Lunatic asylums in Bengal annual reports 1899-1911 - 1899-1911
Year: 1899
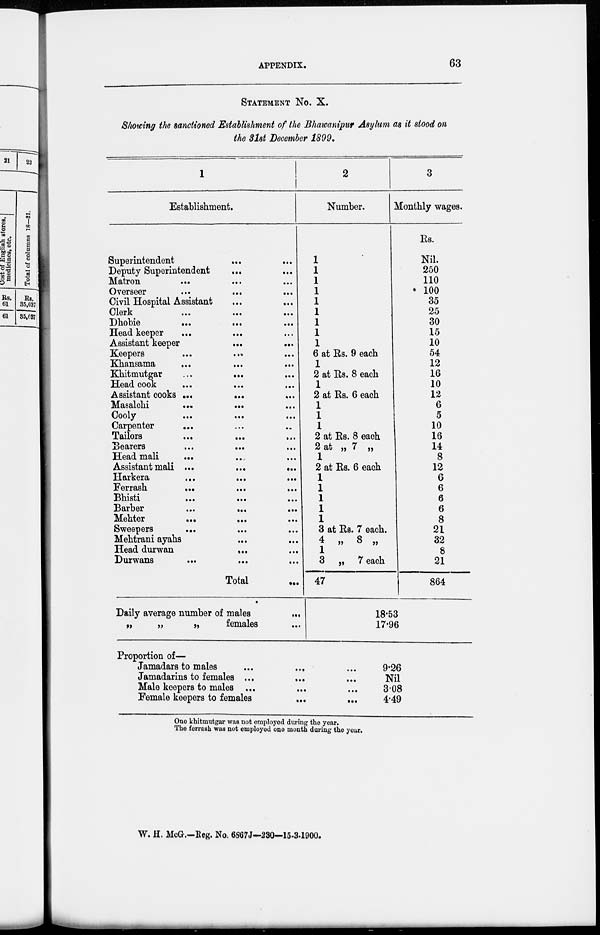
APPENDIX.
63
STATEMENT No. X.
Showing the sanctioned Establishment of the Bhawanipur Asylum as it stood on
the 31st December 1899.
1
Establishment.
Superintendent ...
...
Deputy Superintendent
... ...
Matron
...
...
...
Overseer ... ... ...
Civil Hospital Assistant ... ... ...
Clerk
...
...
...
Dhobie
...
...
...
Head keeper ... ... ...
Assistant keeper
...
...
...
Keepers
...
...
...
Khansama
...
...
...
Khitmutgar
...
...
Head cook
...
...
...
Assistant cooks ...
...
...
Masalchi
...
...
Cooly
...
...
...
Carpenter ... ... ...
Tailors
...
...
...
Bearers
...
...
...
Head mali ... ... ...
Assistant mali
...
...
...
Harkera ... ... ...
Ferrash ... ... ...
Bhisti
...
...
...
Barber
...
...
...
Mehter
...
...
Sweepers
...
...
...
Mehtrani ayahs ... ... ...
Head durwan ... ... ...
Durwans ... ... ...
Total ...
Daily average number of males
...
„
„
„
females ...
2
Number.
1
1
1
1
1
1
1
1
1
6 at Rs. 9 each
1
2 at Rs. 8 each
1
2 at Rs. 6 each
1
1
1
2 at Rs. 8 each
2 at „ 7 „
1
2 at Rs. 6 each
1
1
1
1
1
3 at Rs. 7 each.
4 „ 8 „
1
3 „ 7 each
47
3
Monthly wages.
Rs.
Nil.
250
110
100
35
25
30
15
10
54
12
16
10
12
6
5
10
16
14
8
12
6
6
6
6
8
21
32
8
21
864
18.53
17.96
Proportion of—
Jamadars to males
...
...
...
Jamadarins to females ... ... ...
Male keepers to males ... ... ...
Female keepers to females ... ...
9.26
Nil
3.08
4.49
One khitmutgar was not employed during the year.
The ferrash was not employed one month during the year.
W. H. McG.—Reg. No. 6867J—230—15-3-1900.